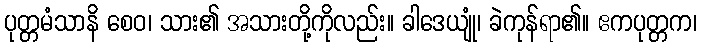
ပုတ္တမံသာနိ စေဝ၊ သား၏ အသားတို့ကိုလည်း။ ခါဒေယျုံ၊ ခဲကုန်ရာ၏။ ဧကပုတ္တက၊